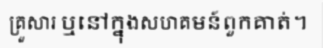
គ្រួសារ ឬនៅក្នុងសហគមន៍ពួកគាត់។